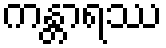
ကန္တာရဿ